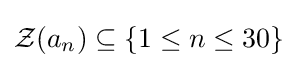
{\mathcal {Z}}(a_{n})\subseteq \{1\leq n\leq 30\}